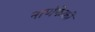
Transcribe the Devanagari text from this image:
नाणेफेकी